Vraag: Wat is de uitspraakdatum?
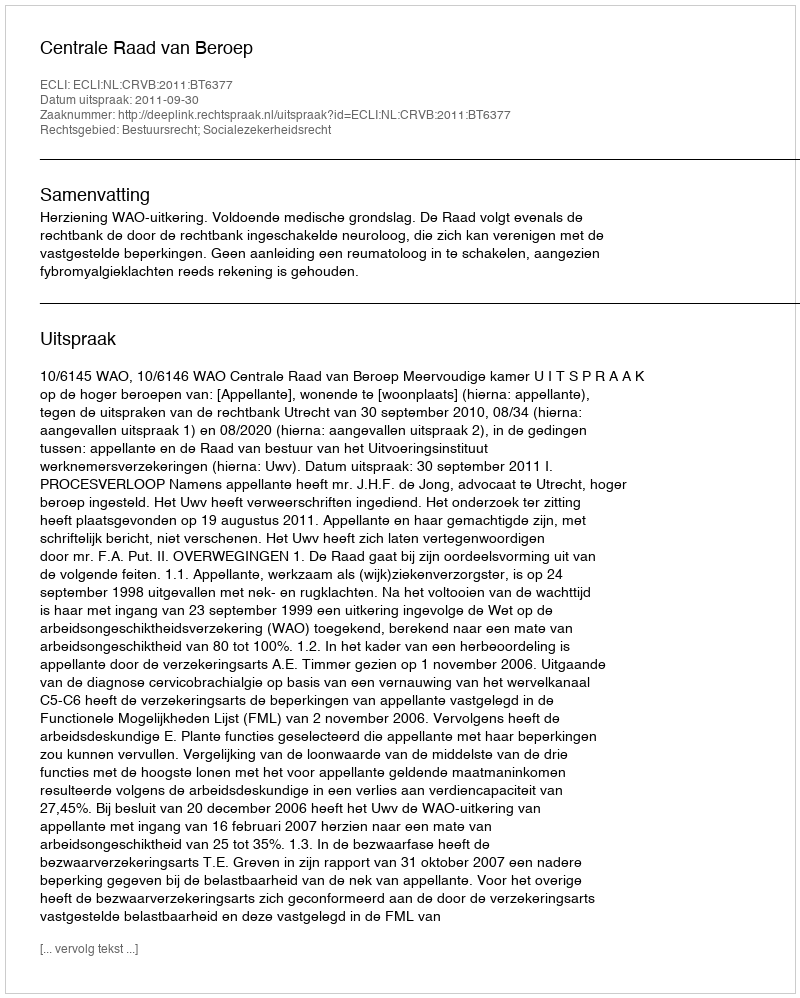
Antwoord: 2011-09-30